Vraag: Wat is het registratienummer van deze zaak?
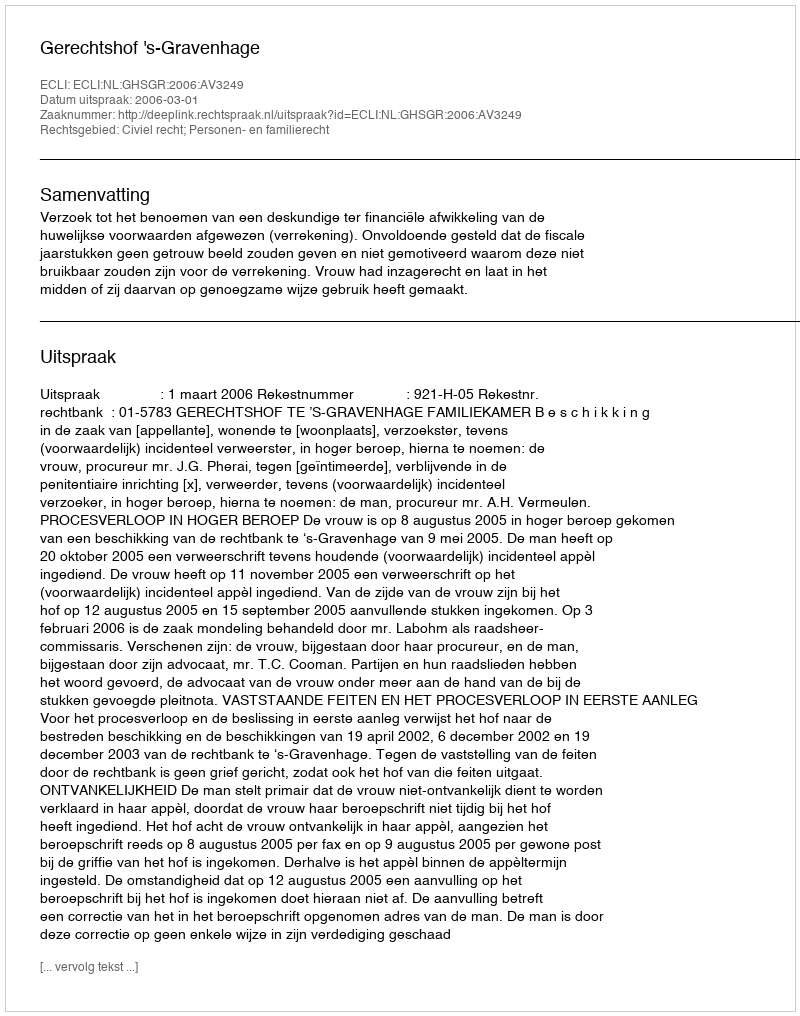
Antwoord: http://deeplink.rechtspraak.nl/uitspraak?id=ECLI:NL:GHSGR:2006:AV3249